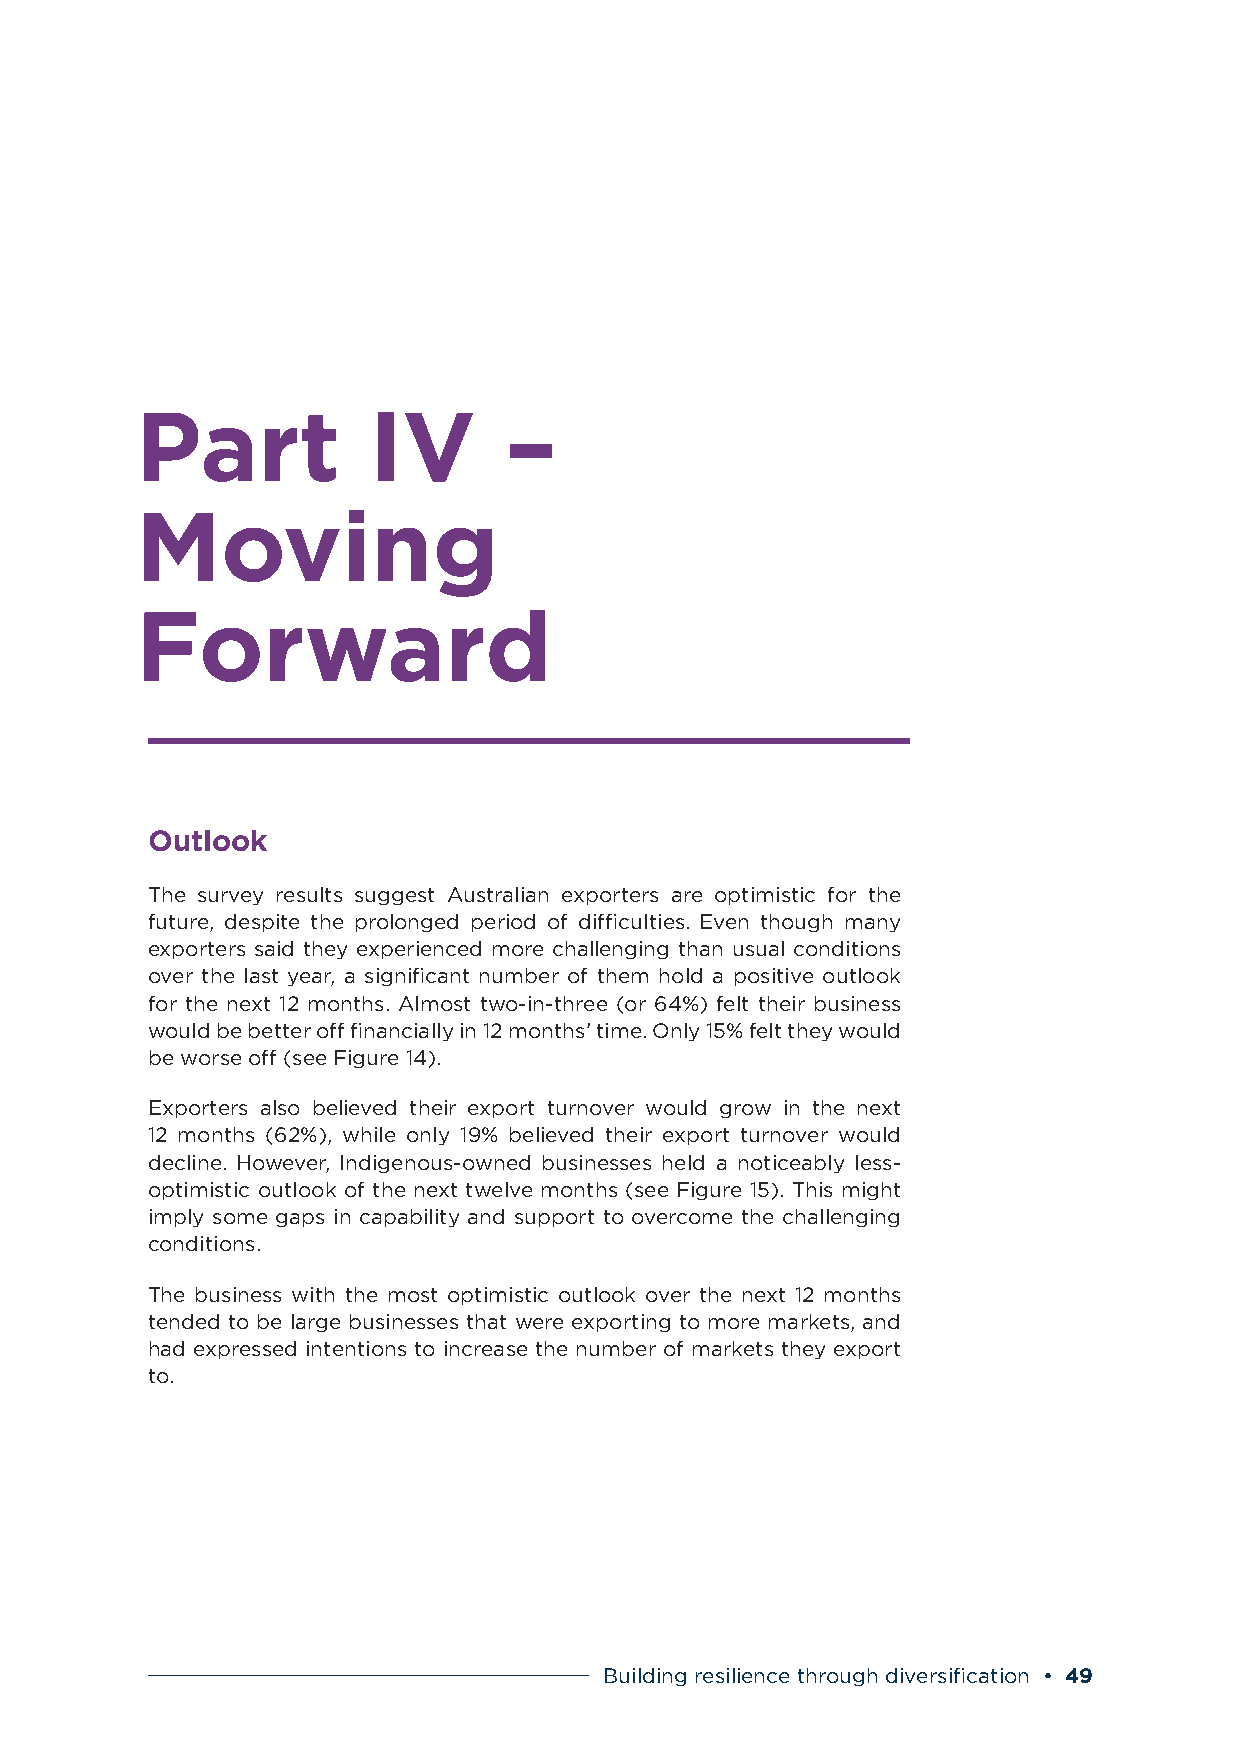
Part           IV       –
 Moving
 Forward
 Outlook
 The survey results suggest Australian exporters are optimistic for the
 future, despite the prolonged period of difficulties. Even though many
 exporters said they experienced more challenging than usual conditions
 over the last year, a significant number of them hold a positive outlook
 for the next 12 months. Almost two-in-three (or 64%) felt their business
 would be better off financially in 12 months’ time. Only 15% felt they would
 be worse off (see Figure 14).
 Exporters also believed their export turnover would grow in the next
 12 months (62%), while only 19% believed their export turnover would
 decline. However, Indigenous-owned businesses held a noticeably less-
 optimistic outlook of the next twelve months (see Figure 15). This might
 imply some gaps in capability and support to overcome the challenging
 conditions.
 The business with the most optimistic outlook over the next 12 months
 tended to be large businesses that were exporting to more markets, and
 had expressed intentions to increase the number of markets they export
 to.
 Building resilience through diversification • 49